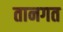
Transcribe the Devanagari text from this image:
तानगत